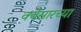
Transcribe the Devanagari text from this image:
क्वेसारच्या